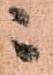
ニ